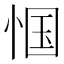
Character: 𮲇